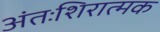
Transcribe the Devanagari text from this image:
अंतःशिरात्मक